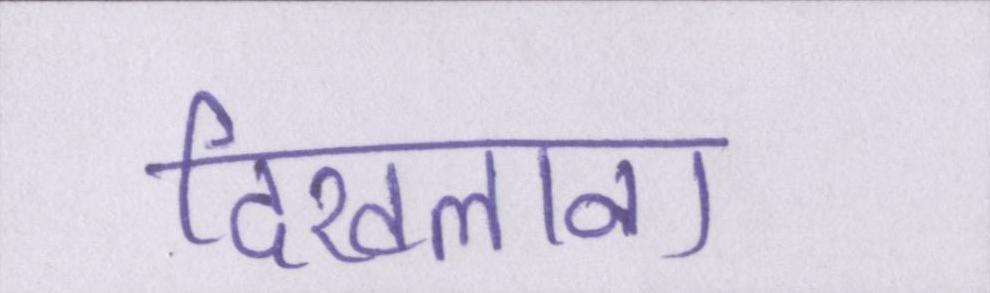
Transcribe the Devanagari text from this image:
दिखलाना